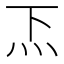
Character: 𱪥